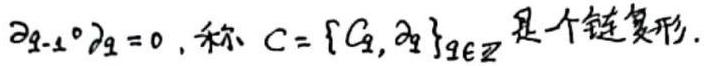
$\partial_{q - 1} \circ \partial_{q}=0$, 称 $C = \{C_{q},\partial_{q}\}_{q \in \mathbb{Z}}$ 是一个链复形.